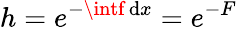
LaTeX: h=e^{-\intf\, \mathrm{d}x}=e^{-F}